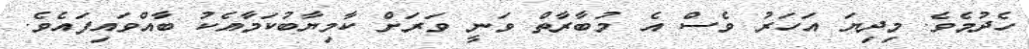
ހެދުމެވެ. މިދިޔަ އަހަރު ވެސް އެ މުބާރާތް ވަނީ ވަރަށް ކާމިޔާބުކަމާއެކު ބާއްވައިފައެވެ.